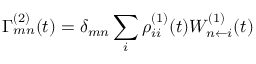
\Gamma _ { m n } ^ { ( 2 ) } ( t ) = \delta _ { m n } \sum _ { i } \rho _ { i i } ^ { ( 1 ) } ( t ) W _ { n \leftarrow i } ^ { ( 1 ) } ( t )